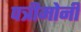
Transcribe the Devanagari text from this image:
पत्रीमोनी